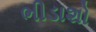
ભીડાશો